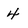
Character: 4